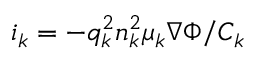
\boldsymbol { i } _ { k } = - q _ { k } ^ { 2 } n _ { k } ^ { 2 } \mu _ { k } \nabla \Phi / C _ { k }